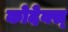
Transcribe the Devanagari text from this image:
कोदेक्स्